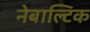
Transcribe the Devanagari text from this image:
नेबाल्टिक